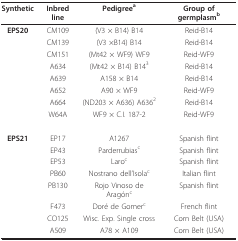
| Synthetic | Inbred line | Pedigreea | Group of germplasmb |
 | --- | --- | --- | --- |
 | EPS20 | CM109 | (V3 × B14) B14 | Reid-B14 |
 |  | CM139 | (V3 ×B14) B14 | Reid-B14 |
 |  | CM151 | (Mt42 × WF9) WF9 | Reid-WF9 |
 |  | A634 | (Mt42 × B14) B143 | Reid-B14 |
 |  | A639 | A158 × B14 | Reid-B14 |
 |  | A652 | A90 × WF9 | Reid-WF9 |
 |  | A664 | (ND203 × A636) A6362 | Reid-B14 |
 |  | W64A | WF9 × C.I. 187-2 | Reid-WF9 |
 | EPS21 | EP17 | A1267 | Spanish flint |
 |  | EP43 | Parderrubiasc | Spanish flint |
 |  | EP53 | Laroc | Spanish flint |
 |  | PB60 | Nostrano dell'Isolac | Italian flint |
 |  | PB130 | Rojo Vinoso de Aragónc | Spanish flint |
 |  | F473 | Doré de Gomerc | French flint |
 |  | CO125 | Wisc. Exp. Single cross | Corn Belt (USA) |
 |  | A509 | A78 × A109 | Corn Belt (USA) |